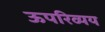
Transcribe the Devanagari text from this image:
ऊपरिव्यय